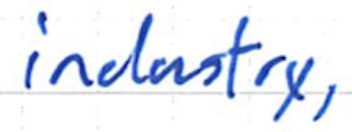
Text: industry,
Cross-out: clean
Writing tool: ballpoint